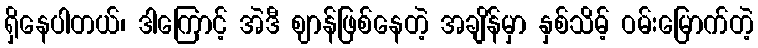
ရှိနေပါတယ်၊ ဒါကြောင့် အဲဒီ ဈာန်ဖြစ်နေတဲ့ အချိန်မှာ နှစ်သိမ့် ဝမ်းမြောက်တဲ့